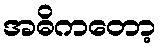
အဓိကတော့